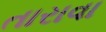
તારાવા